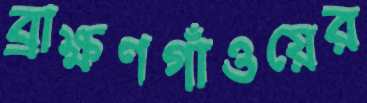
ব্রাক্ষণগাঁওয়ের